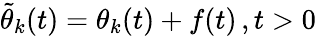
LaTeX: \begin{array}{r}{\tilde{\theta}_{k}(t)=\theta_{k}(t)+f(t)\, ,t>0\, }\end{array}